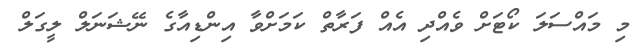
މި މައްސަލަ ކޯޓަށް ވެއްދި އެއް ފަރާތް ކަމަށްވާ އިންޑިއާގެ ނޭޝަނަލް ލީގަލް